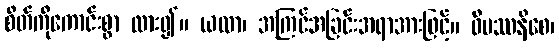
စိတ်ကိုကောင်းစွာ ထား၍။ ယထာ၊ အကြင်အခြင်းအရာအားဖြင့်။ ဝိပဿနိစေ၊